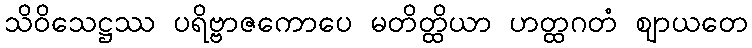
သိဝိသေဋ္ဌဿ ပရိဗ္ဗာဇကောပေ မတိတ္ထိယာ ဟတ္ထဂတံ ဈာယတေ